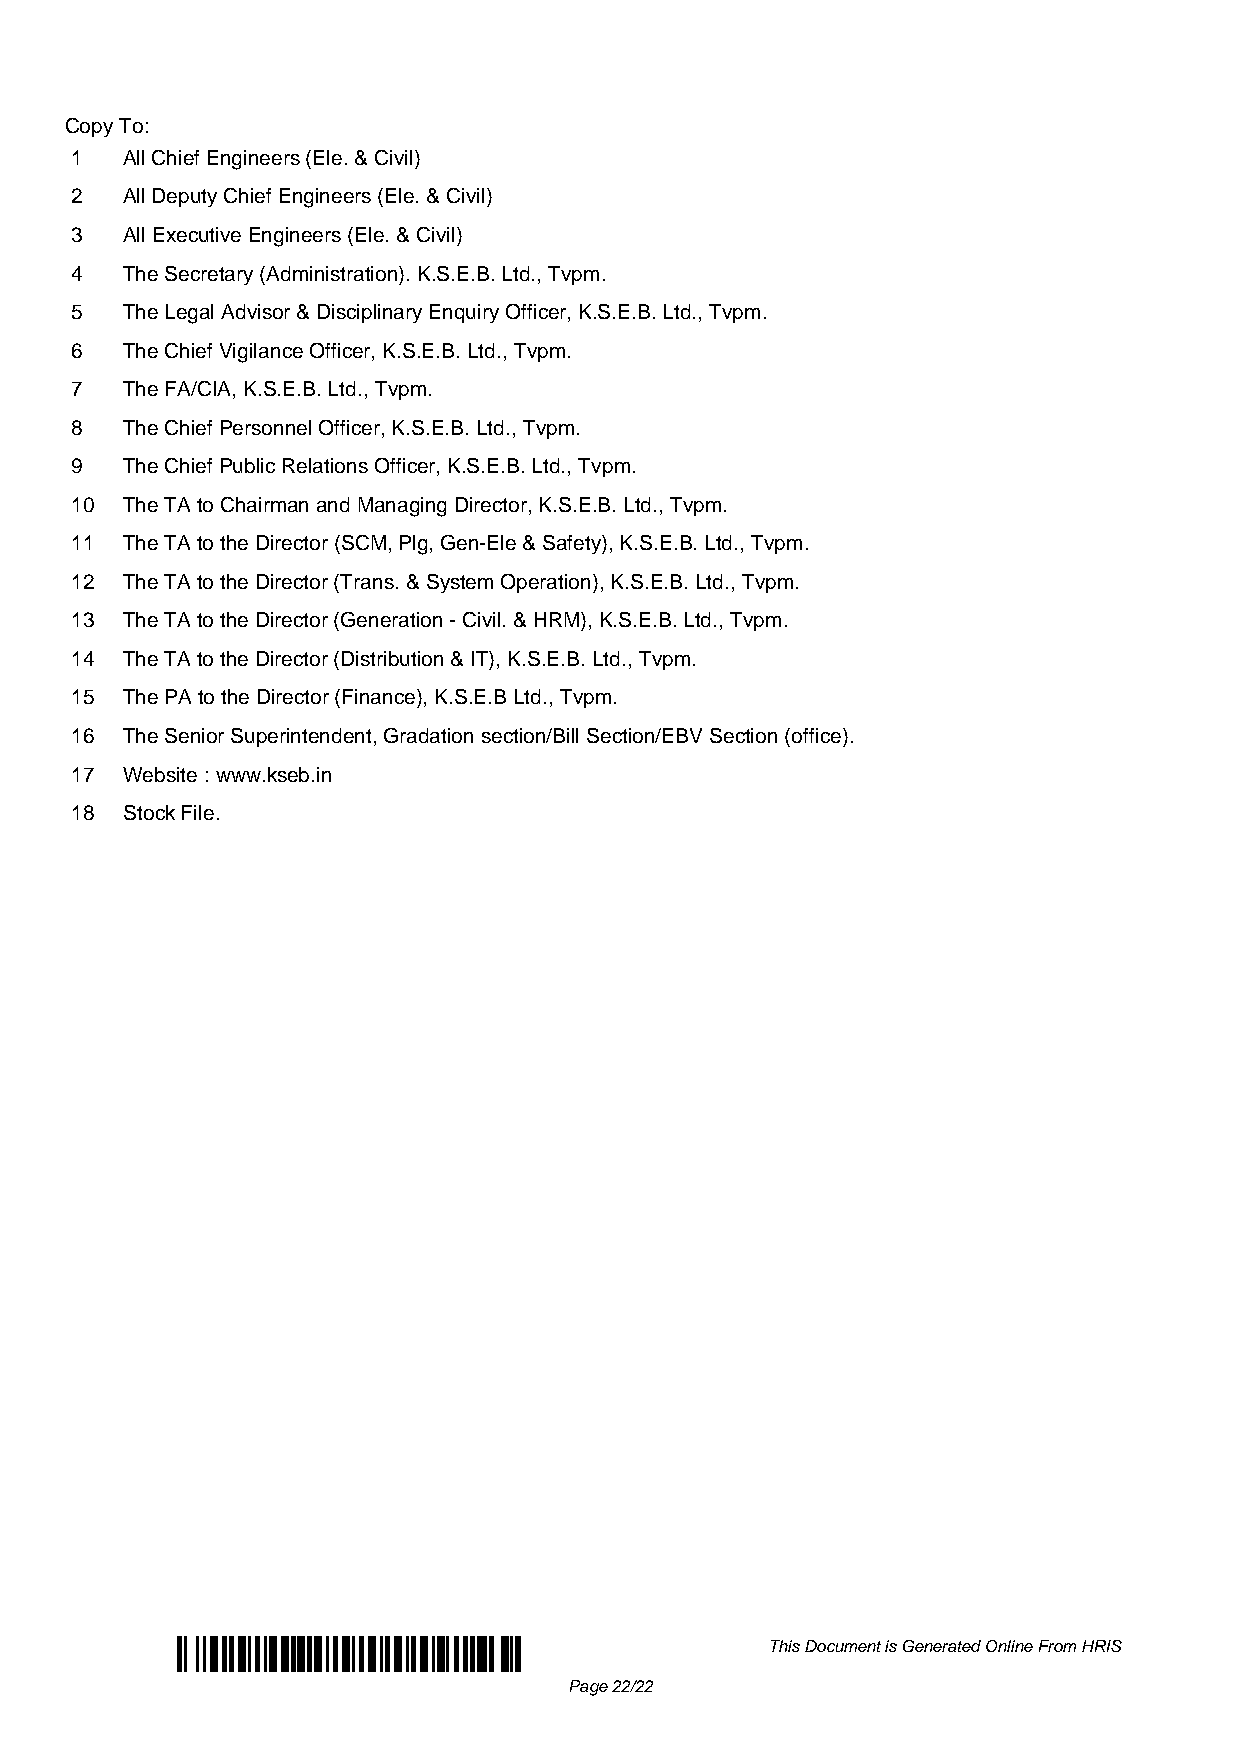
Copy To:
 1  All Chief Engineers (Ele. & Civil)
 2  All Deputy Chief Engineers (Ele. & Civil)
 3  All Executive Engineers (Ele. & Civil)
 4  The Secretary (Administration). K.S.E.B. Ltd., Tvpm.
 5  The Legal Advisor & Disciplinary Enquiry Officer, K.S.E.B. Ltd., Tvpm.
 6  The Chief Vigilance Officer, K.S.E.B. Ltd., Tvpm.
 7  The FA/CIA, K.S.E.B. Ltd., Tvpm.
 8  The Chief Personnel Officer, K.S.E.B. Ltd., Tvpm.
 9  The Chief Public Relations Officer, K.S.E.B. Ltd., Tvpm.
 10 The TA to Chairman and Managing Director, K.S.E.B. Ltd., Tvpm.
 11 The TA to the Director (SCM, Plg, Gen-Ele & Safety), K.S.E.B. Ltd., Tvpm.
 12 The TA to the Director (Trans. & System Operation), K.S.E.B. Ltd., Tvpm.
 13 The TA to the Director (Generation - Civil. & HRM), K.S.E.B. Ltd., Tvpm.
 14 The TA to the Director (Distribution & IT), K.S.E.B. Ltd., Tvpm.
 15 The PA to the Director (Finance), K.S.E.B Ltd., Tvpm.
 16 The Senior Superintendent, Gradation section/Bill Section/EBV Section (office).
 17 Website : www.kseb.in
 18 Stock File.
 This Document is Generated Online From HRIS
 Page 22/22
 Powered by TCPDF (www.tcpdf.org)